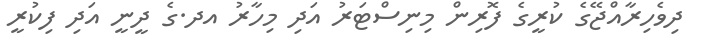
ދިވެހިރާއްޖޭގެ ކުރީގެ ފޮރިން މިނިސްޓަރު އަދި މިހާރު އދ.ގެ ދީނީ އަދި ފިކުރީ